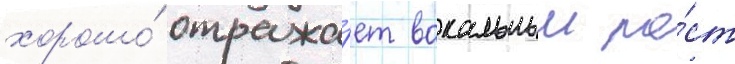
хорошо́ отража́ет вокальныи ро́ст